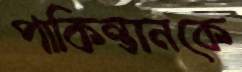
পাকিন্তানকে